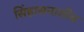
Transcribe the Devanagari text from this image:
सिंहासनासीब